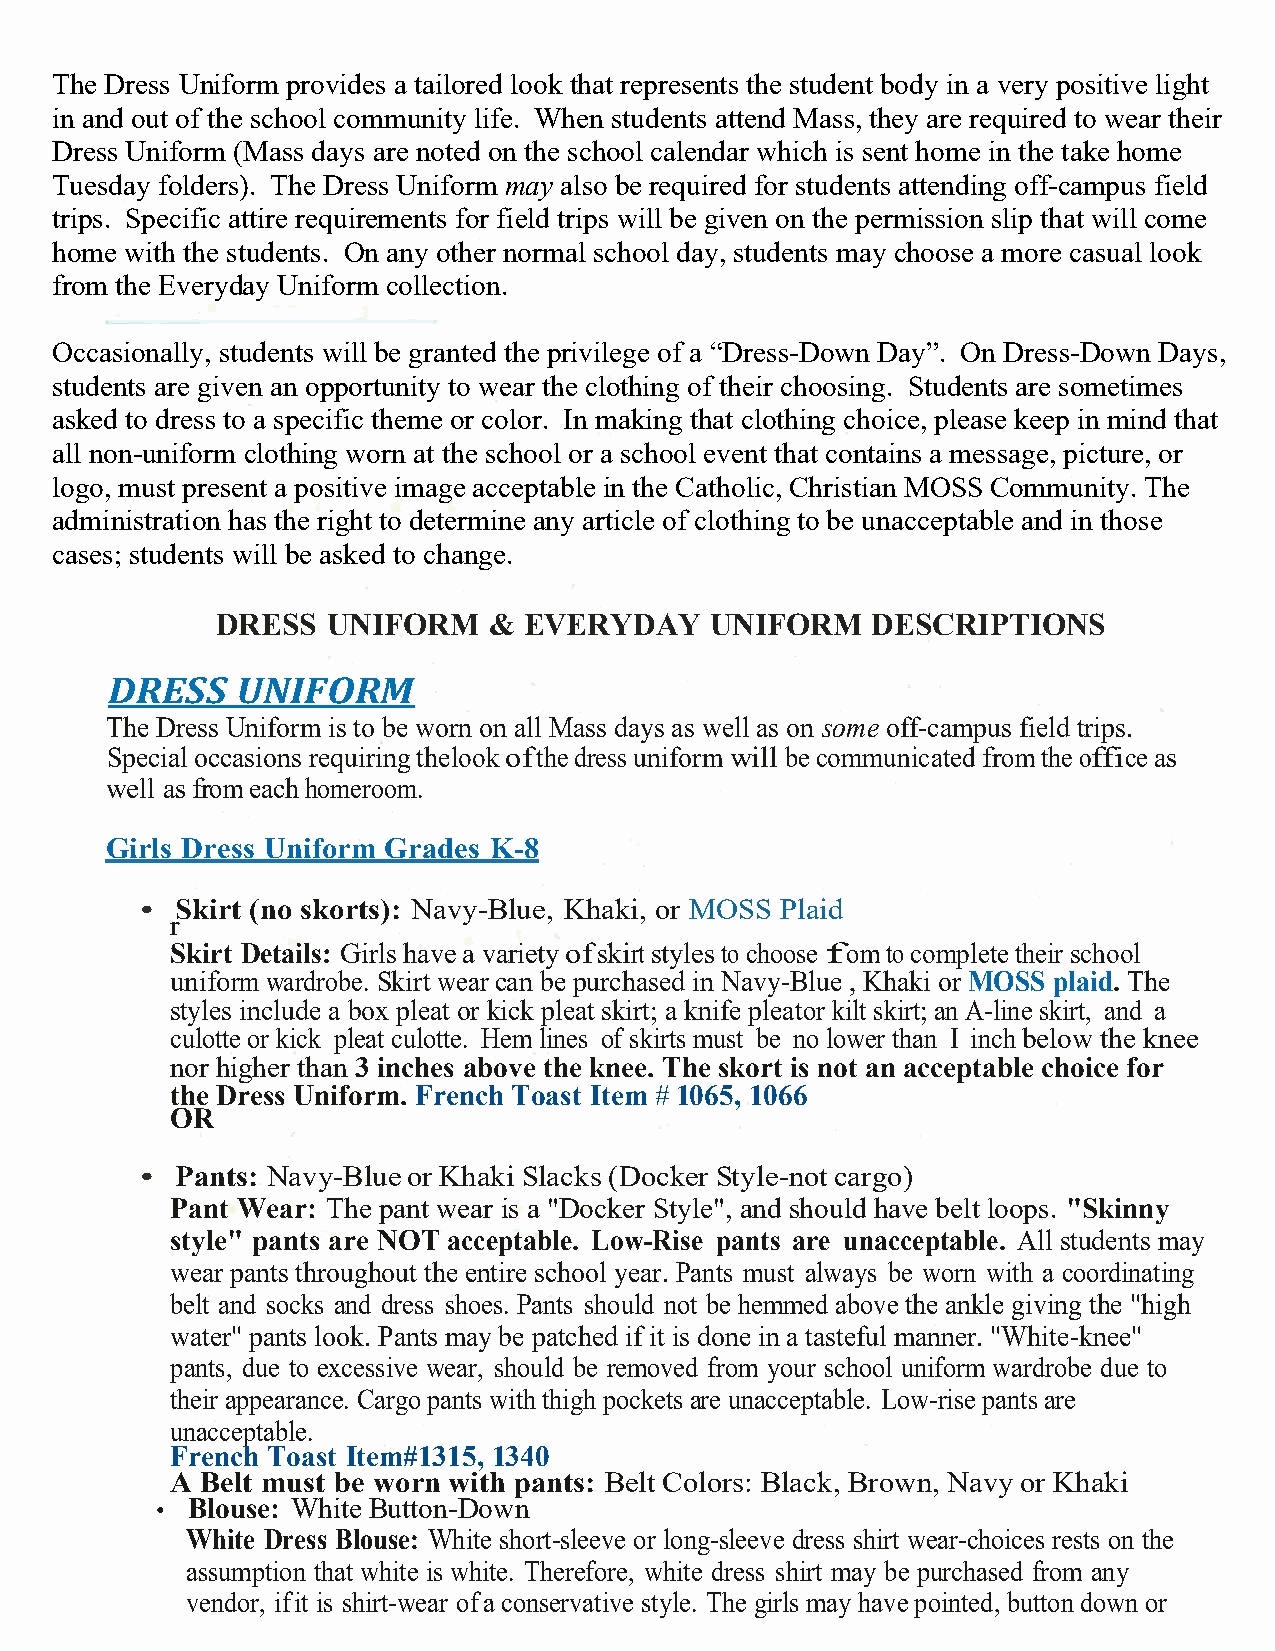
The Dress Uniform provides a tailored look that represents the student body in a very positive light
 in and out of the school community life. When students attend Mass, they are required to wear their
 Dress Uniform (Mass days are noted on the school calendar which is sent home in the take home
 Tuesday folders). The Dress Uniform may also be required for students attending off-campus field
 trips. Specific attire requirements for field trips will be given on the permission slip that will come
 home with the students. On any other normal school day, students may choose a more casual look
 from the Everyday Uniform collection.
 Occasionally, students will be granted the privilege of a “Dress-Down Day”. On Dress-Down Days,
 students are given an opportunity to wear the clothing of their choosing. Students are sometimes
 asked to dress to a specific theme or color. In making that clothing choice, please keep in mind that
 all non-uniform clothing worn at the school or a school event that contains a message, picture, or
 logo, must present a positive image acceptable in the Catholic, Christian MOSS Community. The
 administration has the right to determine any article of clothing to be unacceptable and in those
 cases; students will be asked to change.
 DRESS   UNIFORM   &  EVERYDAY    UNIFORM    DESCRIPTIONS
 DRESS    UNIFORM
 The Dress Uniform is to be worn on all Mass days as well as on some off-campus field trips.
 Special occasions requiring the look of the dress uniform will be communicated from the office as
 well as from each homeroom.
 Girls Dress Uniform Grades K-8
 •  Skirt (no skorts): Navy-Blue, Khaki, or MOSS Plaid
 r
 Skirt Details: Girls have a variety of skirt styles to choose fom to complete their school
 uniform wardrobe. Skirt wear can be purchased in Navy-Blue , Khaki or MOSS plaid. The
 styles include a box pleat or kick pleat skirt; a knife pleat or kilt skirt; an A-line skirt, and a
 culotte or kick pleat culotte. Hem lines of skirts must be no lower than I inch below the knee
 nor higher than 3 inches above the knee. The skort is not an acceptable choice for
 the Dress Uniform. French Toast Item # 1065, 1066
 OR
 •  Pants: Navy-Blue or Khaki Slacks (Docker Style-not cargo)
 Pant Wear: The pant wear is a "Docker Style", and should have belt loops. "Skinny
 style" pants are NOT acceptable. Low-Rise pants are unacceptable. All students may
 wear pants throughout the entire school year. Pants must always be worn with a coordinating
 belt and socks and dress shoes. Pants should not be hemmed above the ankle giving the "high
 water" pants look. Pants may be patched if it is done in a tasteful manner. "White-knee"
 pants, due to excessive wear, should be removed from your school uniform wardrobe due to
 their appearance. Cargo pants with thigh pockets are unacceptable. Low-rise pants are
 unacceptable.
 French Toast Item#1315, 1340
 A Belt must be worn with pants: Belt Colors: Black, Brown, Navy or Khaki
 • Blouse: White Button-Down
 White Dress Blouse: White short-sleeve or long-sleeve dress shirt wear-choices rests on the
 assumption that white is white. Therefore, white dress shirt may be purchased from any
 vendor, if it is shirt-wear of a conservative style. The girls may have pointed, button down or